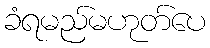
ခံရမည်မဟုတ်ပေ